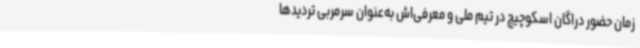
زمان حضور دراگان اسکوچیچ در تیم ملی و معرفی‌اش به‌عنوان سرمربی تردیدها